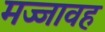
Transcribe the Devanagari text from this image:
मज्जावह